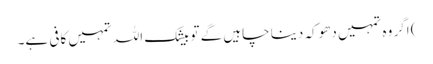
) اگر وہ تمہیں دھوکہ دینا چاہیں گے تو بیشک اللہ تمہیں کافی ہے۔